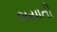
ભયાતી